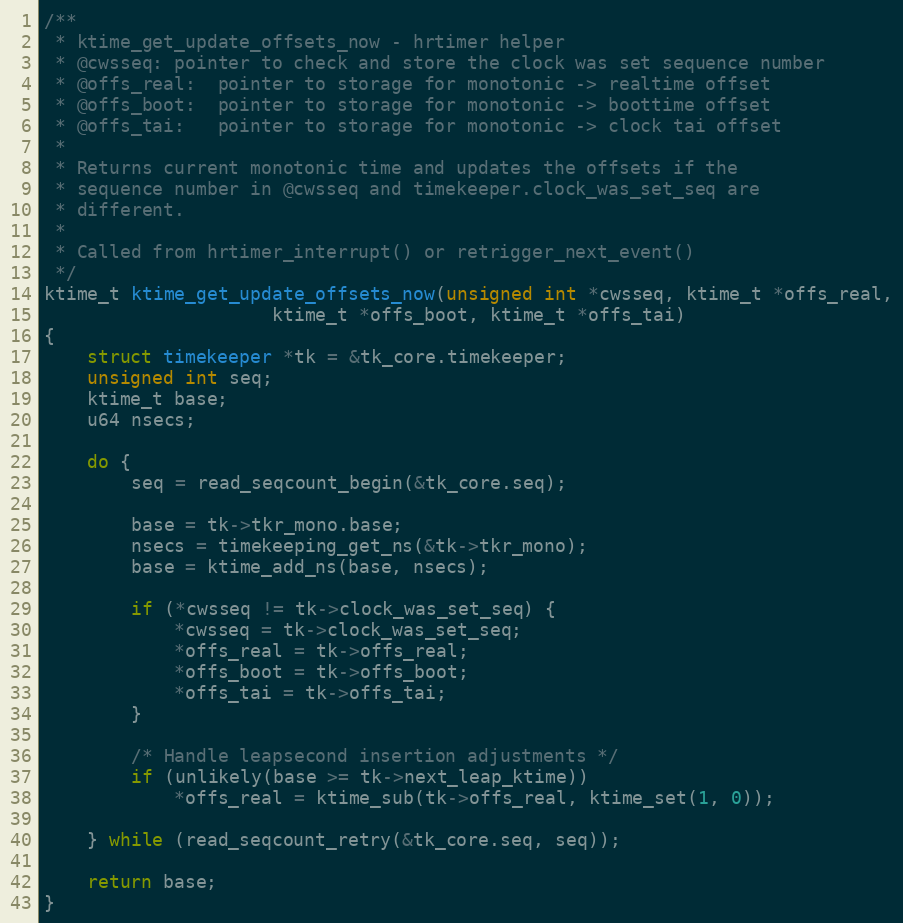
Language: C
/**
 * ktime_get_update_offsets_now - hrtimer helper
 * @cwsseq:	pointer to check and store the clock was set sequence number
 * @offs_real:	pointer to storage for monotonic -> realtime offset
 * @offs_boot:	pointer to storage for monotonic -> boottime offset
 * @offs_tai:	pointer to storage for monotonic -> clock tai offset
 *
 * Returns current monotonic time and updates the offsets if the
 * sequence number in @cwsseq and timekeeper.clock_was_set_seq are
 * different.
 *
 * Called from hrtimer_interrupt() or retrigger_next_event()
 */
ktime_t ktime_get_update_offsets_now(unsigned int *cwsseq, ktime_t *offs_real,
				     ktime_t *offs_boot, ktime_t *offs_tai)
{
	struct timekeeper *tk = &tk_core.timekeeper;
	unsigned int seq;
	ktime_t base;
	u64 nsecs;

	do {
		seq = read_seqcount_begin(&tk_core.seq);

		base = tk->tkr_mono.base;
		nsecs = timekeeping_get_ns(&tk->tkr_mono);
		base = ktime_add_ns(base, nsecs);

		if (*cwsseq != tk->clock_was_set_seq) {
			*cwsseq = tk->clock_was_set_seq;
			*offs_real = tk->offs_real;
			*offs_boot = tk->offs_boot;
			*offs_tai = tk->offs_tai;
		}

		/* Handle leapsecond insertion adjustments */
		if (unlikely(base >= tk->next_leap_ktime))
			*offs_real = ktime_sub(tk->offs_real, ktime_set(1, 0));

	} while (read_seqcount_retry(&tk_core.seq, seq));

	return base;
}